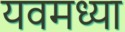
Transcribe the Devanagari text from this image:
यवमध्या